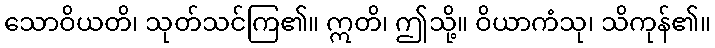
သောဝိယတိ၊ သုတ်သင်ကြ၏။ ဣတိ၊ ဤသို့။ ဝိယာကံသု၊ သိကုန်၏။